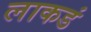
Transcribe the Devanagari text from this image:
लाकडं